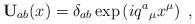
LaTeX: \begin{align*}\mathbf{U}_{ab}(x)=\delta_{ab}\exp\left( i q^a{}_\mu x^\mu \right)\ ,\end{align*}